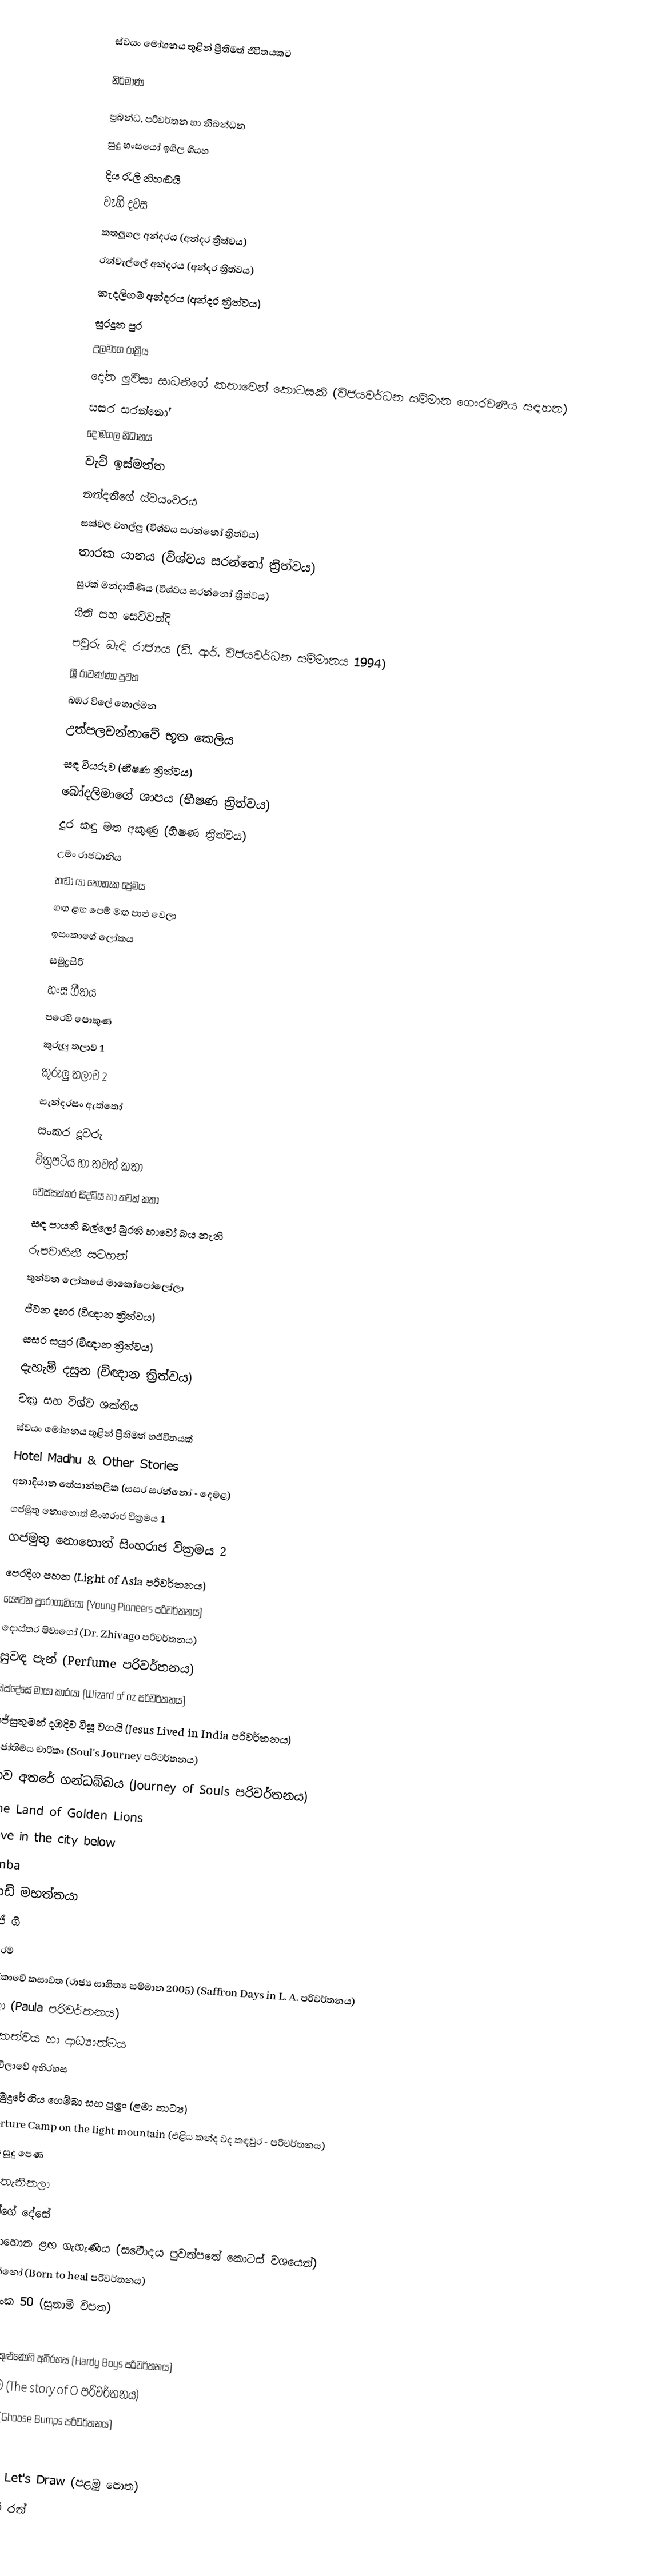
ස්වයං මෝහනය තුළින් ප්‍රීතිමත් ජීවිතයකට

නිර්මාණ

ප්‍රබන්ධ, පරිවර්තන හා නිබන්ධන
 සුදු හංසයෝ ඉගිල ගියහ
 දිය රැලි නිහඬයි
 වැහි දවස
 කතලුගල අන්දරය (අන්දර ත්‍රිත්වය)
 රන්වැල්ලේ අන්දරය (අන්දර ත්‍රිත්වය)
 කැදලිගම අන්දරය (අන්දර ත්‍රිත්වය)
 සුරදූත පුර
 උලමගෙ රාත්‍රිය
 දෝන ලුවිසා සාධනීගේ කතාවෙන් කොටසකි (විජයවර්ධන සම්මාන ගෞරවණීය සඳහන)
 සසර සරන්නෝ
 දොඹගල නිධානය
 වැව් ඉස්මත්ත
 නන්දනීගේ ස්වයංවරය
 සක්වල වහල්ලු (විශ්වය සරන්නෝ ත්‍රිත්වය)
 තාරක යානය (විශ්වය සරන්නෝ ත්‍රිත්වය)
 සුරක් මන්දාකිණිය (විශ්වය සරන්නෝ ත්‍රිත්වය)
 ගිනි සහ සෙව්වන්දි
 පවුරු බැඳි රාජ්‍යය (ඩී. ආර්. විජයවර්ධන සම්මානය 1994)
 ශ්‍රී රාවණ්ණා පුවත
 බඹර විලේ හොල්මන
 උත්පලවන්නාවේ භූත කෙලිය
 සඳ වියරුව (භීෂණ ත්‍රිත්වය)
 බෝදලිමාගේ ශාපය (භීෂණ ත්‍රිත්වය)
 දුර කඳු මත අකුණු (භීෂණ ත්‍රිත්වය)
 උමං රාජධානිය
 හඬා යා නොහැක ප්‍රේමය
 ගඟ ළඟ පෙම් මඟ පාළු වෙලා
 ඉසංකාගේ ලෝකය
 සමුද්‍රසිරි
 හංස ගීතය
 ‍පරෙවි පොකුණ
 කුරුලු තලාව 1
 කුරුලු තලාව 2
 සැන්දරසං ඇත්තෝ
 සංකර දූවරු
 චිත්‍රපටිය හා තවත් කතා
 වෙස්සන්තර සිද්ධිය හා තවත් කතා
 සඳ පායති බල්ලෝ බුරති හාවෝ බය නැති
 රූපවාහිනී සටහන්
 තුන්වන ලෝකයේ මාකෝපෝලෝලා
 ජීවන දහර (විඥාන ත්‍රිත්වය)
 සසර සයුර (විඥාන ත්‍රිත්වය)
 දැහැමි දසුන (විඥාන ත්‍රිත්වය)
 චක්‍ර සහ විශ්ව ශක්තිය
 ස්වයං මෝහනය තුළින් ප්‍රීතිමත් හජීවිතයක්
 Hotel Madhu & Other Stories
 අනාදියාන ‍තේසාන්තලික (සසර සරන්නෝ - දෙමළ)
 ගජමුතු නොහොත් සිංහරාජ වික්‍රමය 1
 ගජමුතු නොහොත් සිංහරාජ වික්‍රමය 2
 පෙරදිග පහන (Light of Asia පරිවර්තනය)
 යෞවන පුරෝගාමි‍යෝ (Young Pioneers පරිවර්තනය)
 දොස්තර ෂිවාගෝ (Dr. Zhivago පරිවර්තනය)
 සුවඳ පැන් (Perfume පරිවර්තනය)
 ඔස්දේසේ මායා කාරයා (Wizard of oz පරිවර්තනය)
 ජේසුතුමන් දඹදිව විසූ වගයි (Jesus Lived in India පරිවර්තනය)
 ජෝතිමය චාරිකා (Soul's Journey පරිවර්තනය)
 භව අතරේ ගන්ධබ්බය (Journey of Souls පරිවර්තනය)
 The Land of Golden Lions
 Love in the city below
 Zimba
 පොඩි මහත්තයා
 භද්‍රජී ගී
 පද පරම
 ඇමරිකාවේ කසාවත (රාජ්‍ය සාහිත්‍ය සම්මාන 2005) (Saffron Days in L. A. පරිවර්තනය)
 පෝලා (Paula පරිවර්තනය)
 ලිංගිකත්වය හා ආධ්‍යාත්මය
 රෝස විලාවේ අභිරහස
 සත් සමුදුරේ ගිය ගෙම්බා සහ පුලුං (ළමා නාට්‍ය)
 The Torture Camp on the light mountain (එළිය කන්ද වද කඳවුර - පරිවර්තනය)
 බොරදිය සුදු පෙණ
 තුරඟ තැනිතලා
 දෙයියන්ගේ දේසේ
 ඇත් සොහොන ළඟ ගැහැණිය (සර්‍වොදය පුවත්පතේ කොටස් වශයෙන්)
 සුවය සදන්නෝ (Born to heal පරිවර්තනය)
 දුම්රිය අංක 50 (සුනාමි විපත)
 තීර්ථය
 හාඩි දරුවෝ කුළුණෙහි අබිරහස (Hardy Boys පරිවර්තනය)
 ඕ‍ගේ කතාව (The story of O පරිවර්තනය)
 පුදුම කැඩපත (Ghoose Bumps පරිවර්තනය)
 විසාලා
 චිත්‍ර අඳිමු - Let's Draw (පළමු පොත)
 ඇමෙරිකාවේ රන්